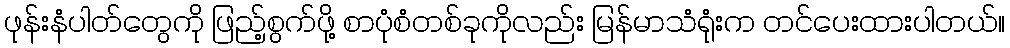
ဖုန်းနံပါတ်တွေကို ဖြည့်စွက်ဖို့ စာပုံစံတစ်ခုကိုလည်း မြန်မာသံရုံးက တင်ပေးထားပါတယ်။